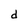
Character: d